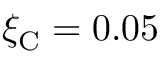
{ \xi _ { \mathrm { C } } = 0 . 0 5 }